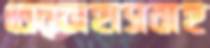
তেরচাহাসবাহ